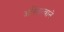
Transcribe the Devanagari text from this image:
अस्तित्‍वाने